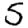
Digit: 5